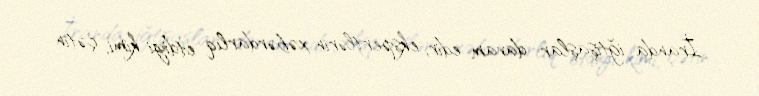
İranda iğtişaşlar davam edir, ekspertlərin xəbərdarlıq etdiyi kimi, çətin